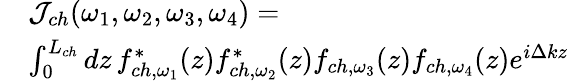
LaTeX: \begin{array}{rl}&{\mathcal{J}_{ch}(\omega_{1},\omega_{2},\omega_{3},\omega_{4})=}\\ &{\int_{0}^{L_{ch}}dz\, {f}_{ch,\omega_{1}}^{*}(z){f}_{ch,\omega_{2}}^{*}(z){f}_{ch,\omega_{3}}(z){f}_{ch,\omega_{4}}(z)e^{i\Delta kz}}\end{array}